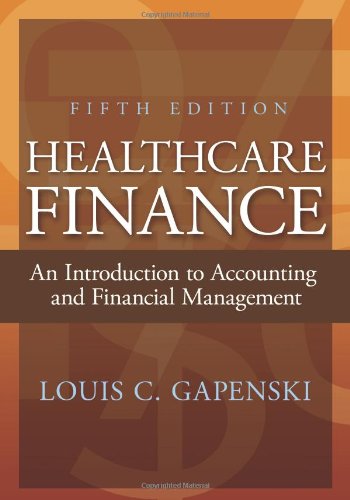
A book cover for Healthcare Finance: An Introduction to Accounting and Financial Management, Fifth Edition; Louis C. Gapenski; Medical Books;